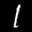
Label: 1